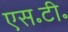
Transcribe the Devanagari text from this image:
एस॰टी॰